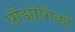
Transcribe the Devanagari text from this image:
प्रौद्मोगिकी